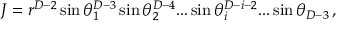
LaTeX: J = r ^ { D - 2 } \sin \theta _ { 1 } ^ { D - 3 } \sin \theta _ { 2 } ^ { D - 4 } . . . \sin \theta _ { i } ^ { D - i - 2 } . . . \sin \theta _ { D - 3 } \, ,